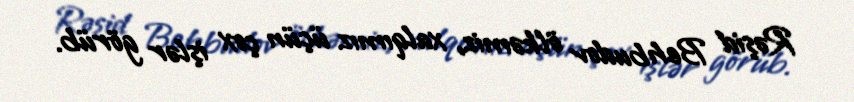
Rəşid Behbudov ölkəmiz, xalqımız üçün çox işlər görüb.